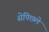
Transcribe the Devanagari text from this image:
सेपिछले